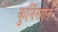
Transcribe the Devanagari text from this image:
कुर्निसात